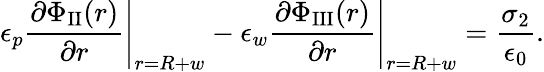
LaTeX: \left.\epsilon_{p}\frac{\partial\Phi_{\textrm{II}}(r)}{\partial r}\right|_{r=R+w}-\left.\epsilon_{w}\frac{\partial\Phi_{\textrm{III}}(r)}{\partial r}\right|_{r=R+w}=\frac{\sigma_{2}}{\epsilon_{0}}.